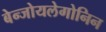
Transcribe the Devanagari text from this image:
बेन्जोयलेगोनिन